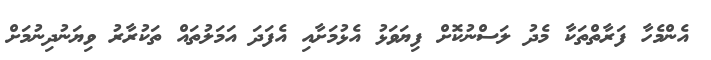
އެންމެހާ ފަރާތްތަކާ މެދު ލަސްނުކޮށް ފިޔަވަޅު އެޅުމަށާއި އެފަދަ އަމަލުތައް ތަކުރާރު ވިޔަނުދިނުމަށް